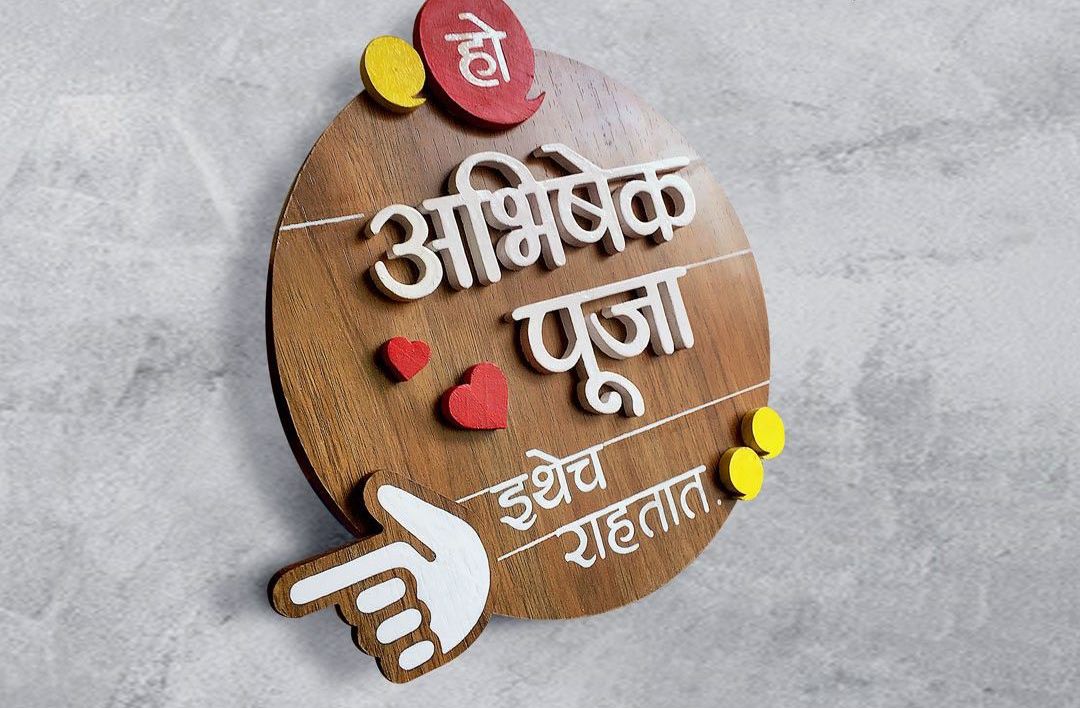
Language: marathi
Transcription: अभिषेक पूजा इथेच राहतात हो